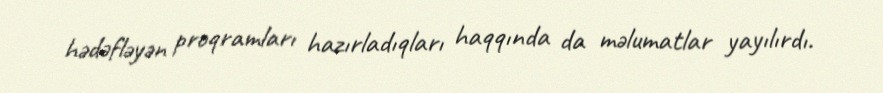
hədəfləyən proqramları hazırladıqları haqqında da məlumatlar yayılırdı.